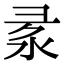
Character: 𢑙